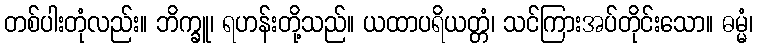
တစ်ပါးတုံလည်း။ ဘိက္ခူ၊ ရဟန်းတို့သည်။ ယထာပရိယတ္တံ၊ သင်ကြားအပ်တိုင်းသော။ ဓမ္မံ၊